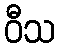
ဝီသ